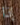
إذا